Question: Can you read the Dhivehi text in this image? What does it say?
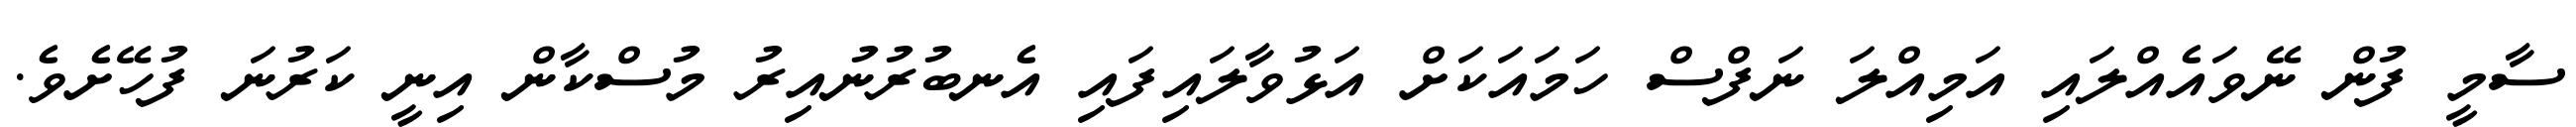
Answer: ސާމީ ފުން ނޭވައެއްލައި އަމިއްލަ ނަފްސް ހަމައަކަށް އަޅުވާލައިފައި އެނބުރުނުއިރު މުސްކާން އިނީ ކަރުނަ ފުހޭށެވެ.